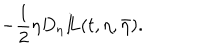
LaTeX: - \frac { 1 } { 2 } \eta D _ { \eta } { I \! \! L } ( t , \eta , \bar { \eta } ) .